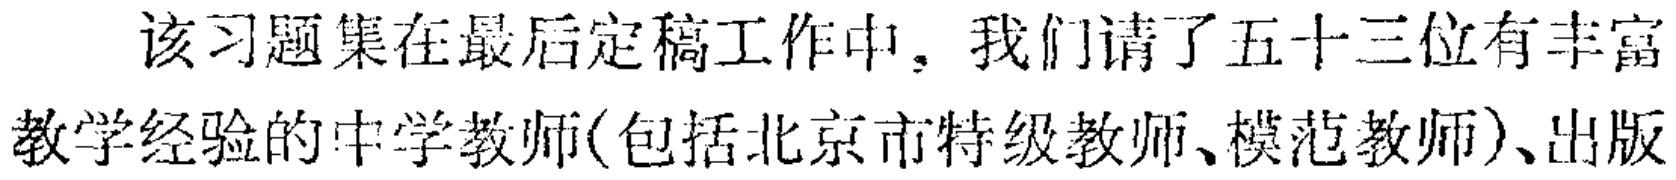
该习题集在最后定稿工作中，我们请了五十三位有丰富教学经验的中学教师(包括北京市特级教师、模范教师)、出版